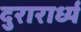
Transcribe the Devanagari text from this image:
दुरारार्ध्य